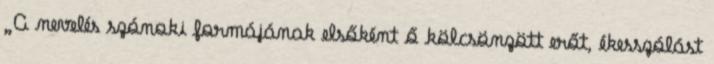
„A nevelés szónoki formájának elsőként ő kölcsönzött erőt, ékesszólást